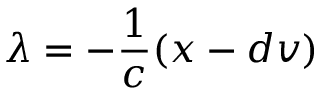
\lambda = - \frac { 1 } { c } ( \boldsymbol { x } - d \boldsymbol { v } )